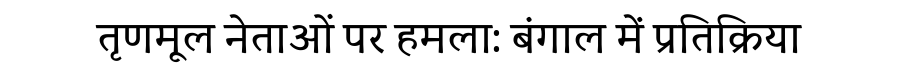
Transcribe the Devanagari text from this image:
तृणमूल नेताओं पर हमला: बंगाल में प्रतिक्रिया